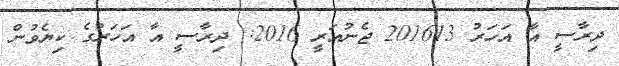
ދިރާސީ އާ އަހަރު 201613 ޖެނުއަރީ 2016: ދިރާސީ އާ އަހަރުގެ ކިޔެވުން